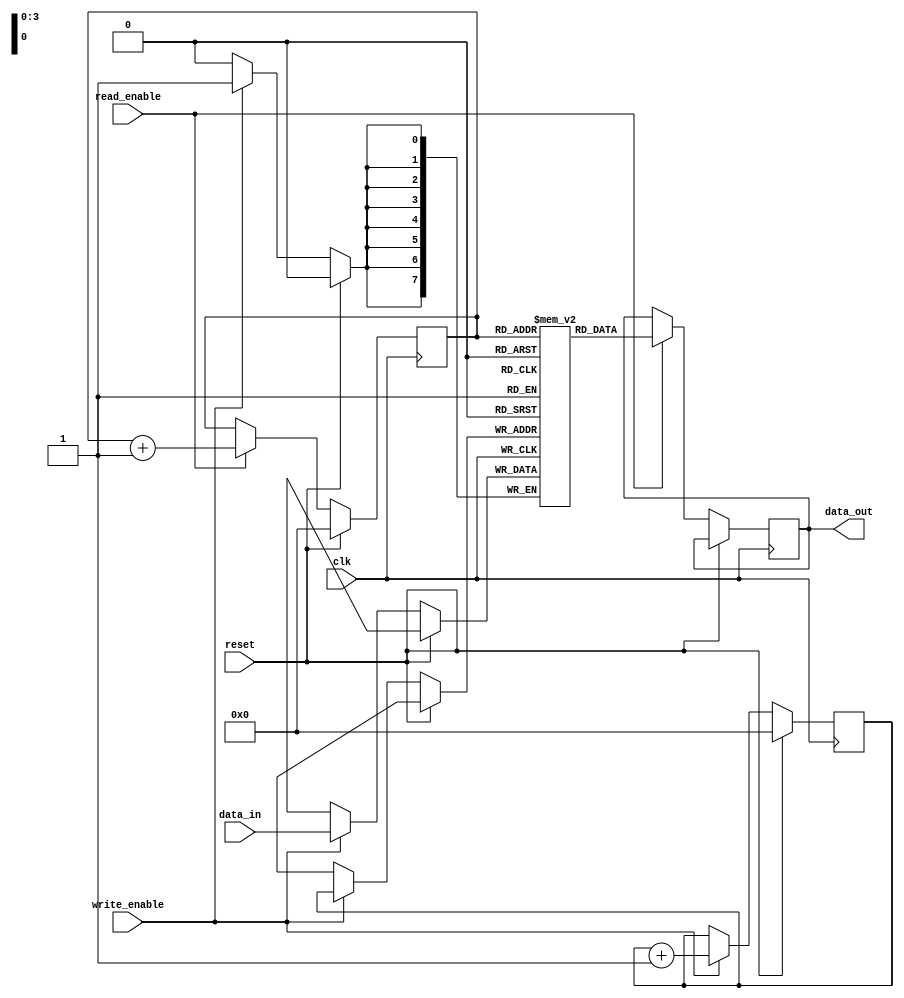
module fifo(
    input clk,           // Clock signal
    input reset,         // Reset signal
    input write_enable,  // Write enable signal
    input read_enable,   // Read enable signal
    input [7:0] data_in, // Data input
    output reg [7:0] data_out // Data output
);

reg [7:0] memory [15:0]; // 16 locations with 8-bit data
reg [3:0] read_pointer;  // Read pointer
reg [3:0] write_pointer; // Write pointer

always @(posedge clk) begin
    if (reset) begin
        read_pointer <= 4'b0000;
        write_pointer <= 4'b0000;
    end else begin
        if (write_enable) begin
            memory[write_pointer] <= data_in;
            write_pointer <= write_pointer + 1;
        end
        if (read_enable) begin
            data_out <= memory[read_pointer];
            read_pointer <= read_pointer + 1;
        end
    end
end

endmodule